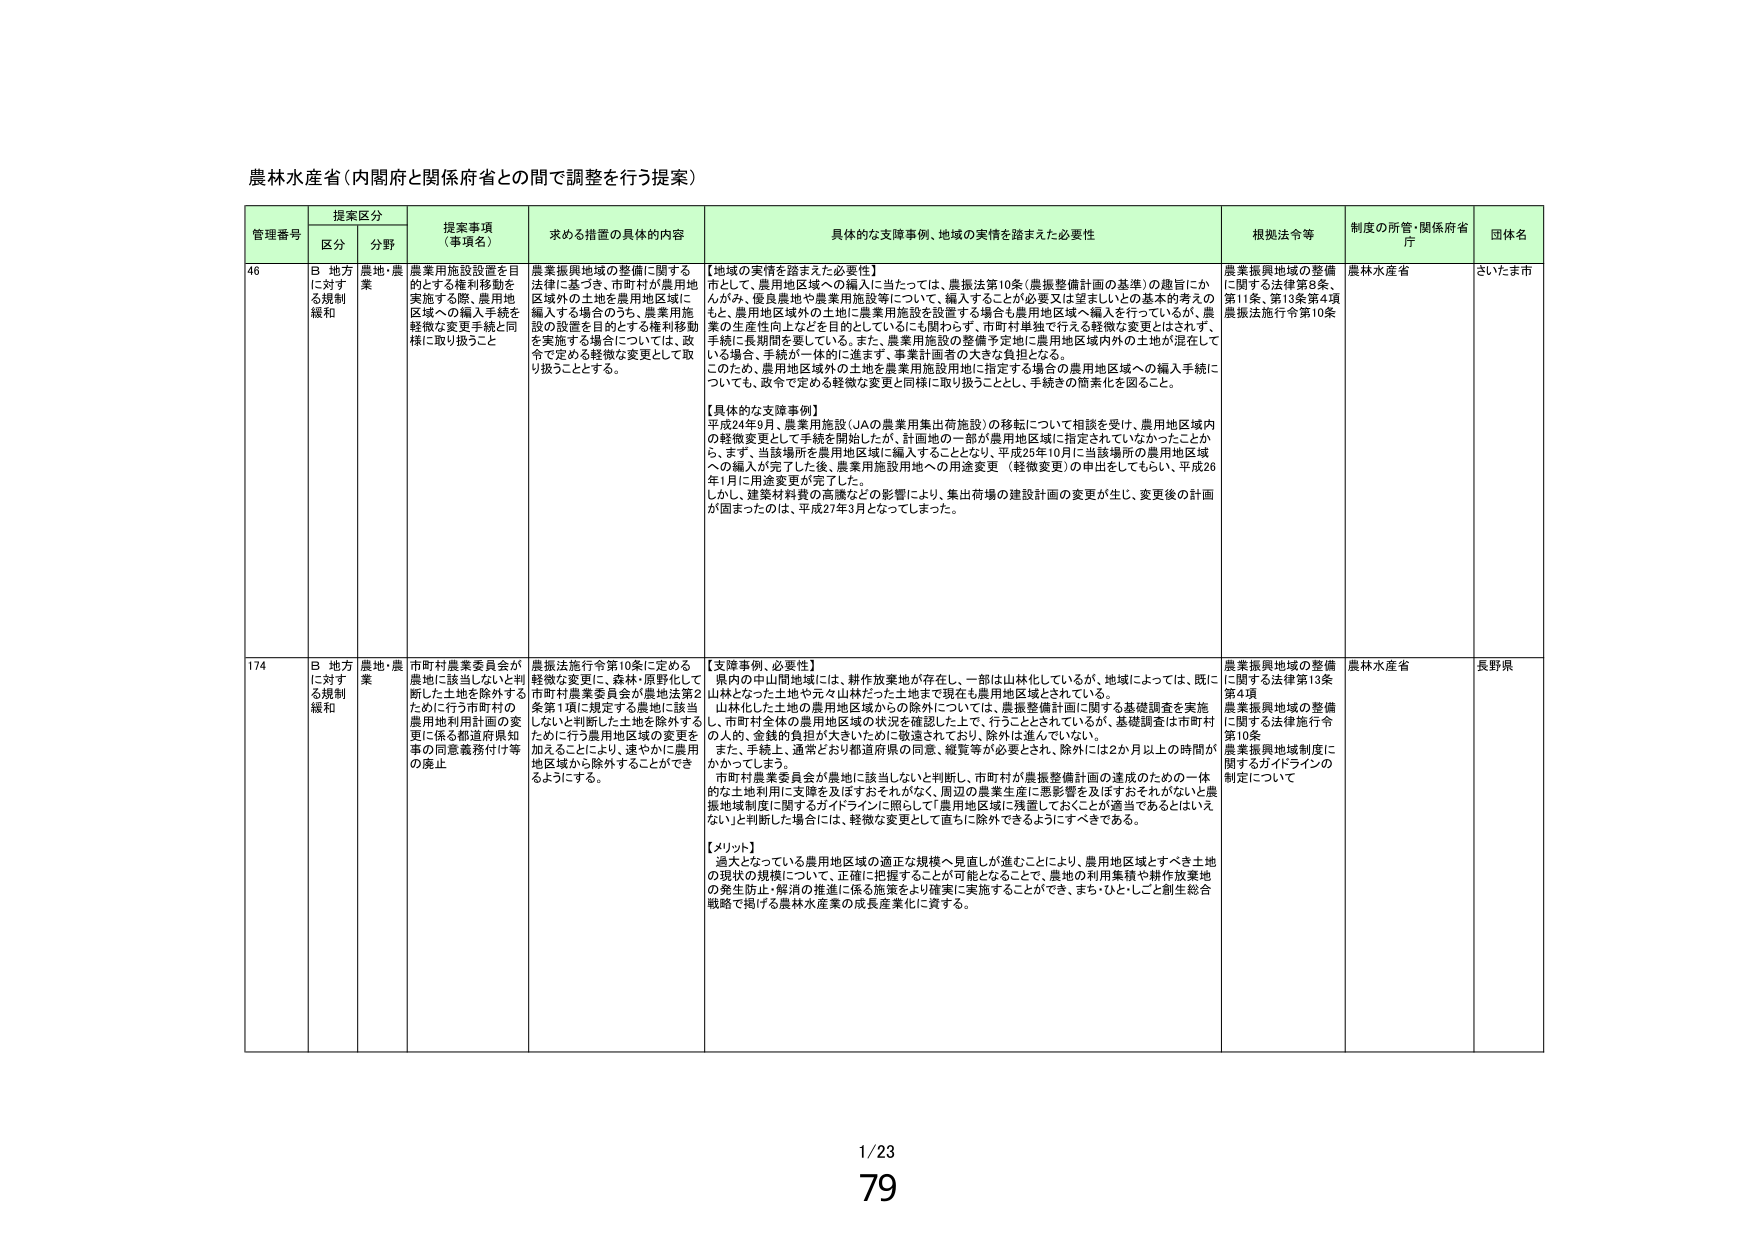
農林水産省（内閣府と関係府省との間で調整を行う提案）

管理番号 提案区分 提案事項（事項名） 求める措置の具体的内容 具体的な支援事例、地域の実情を踏まえた必要性 根拠法令等 制度の所管・関係府省庁 団体名
区分 分野

46 B 地方に対する規制緩和 農地・農業 農業用施設設置を目的とする権利移動を実施する際、農用地地区域への編入手続を軽微な変更手続と同様に取り扱うこと 農業振興地域の整備に関する法律に基づき、市町村が農用地地区域外の土地を農用地地区域に編入する場合のうち、農業用施設の設置を目的とする権利移動を実施する場合については、政令で定める軽微な変更として取り扱うこととする。 【地域の実情を踏まえた必要性】
市として、農用地地区域への編入に当たっては、農振法第10条（農業整備計画の基準）の趣旨にかんがみ、優良農地や農業用施設等について、編入することが必要又は望ましいとの基本的考えのもと、農用地地区域外の土地に農業用施設を設置する場合も農用地地区域へ編入を行っているが、農業の生産性向上などを目的としているにも関わらず、市町村単独で行える軽微な変更とはされず、手続に長期間を要している。また、農業用施設の整備予定地に農用地地区域内外の土地が混在している場合、手続が一体的に進まず、事業計画者の大きな負担となる。
このため、農用地地区域外の土地を農業用施設用地に指定する場合の農用地地区域への編入手続についても、政令で定める軽微な変更と同様に取り扱うこととし、手続きの簡素化を図ること。
【具体的な支援事例】
平成24年9月、農業用施設（JAの農業用集出荷施設）の移転について相談を受け、農用地地区域内の軽微変更として手続を開始したが、計画地の一部が農用地地区域に指定されていなかったことから、まず、当該場所を農用地地区域に編入することとなり、平成25年10月に当該場所の農用地地区域への編入が完了した後、農業用施設用地への用途変更（軽微変更）の申出をしてもらい、平成26年1月に用途変更が完了した。
しかし、建築材料費の高騰などの影響により、集出荷場の建設計画の変更が生じ、変更後の計画が固まったのは、平成27年3月となってしまった。 農業振興地域の整備に関する法律第9条、第11条、第13条第4項 農振法施行令第10条 農林水産省 さいたま市

174 B 地方に対する規制緩和 農地・農業 市町村農業委員会が農地に該当しないと判断した土地を除外するために行う市町村の農用地利用計画の変更に係る都道府県知事の同意義務付け等の廃止 農振法施行令第10条に定める軽微な変更に、森林・原野化して市町村農業委員会が農地法第2条第1項に規定する農地に該当しないと判断した土地を除外するために行う農用地地区域の変更を加えることにより、速やかに農用地区域から除外することができるようにする。 【支援事例、必要性】
県内の中山間地域には、耕作放棄地が存在し、一部は山林化しているが、地域によっては、既に山林となった土地や元々山林だった土地まで現在も農用地地区域とされている。
山林化した土地の農用地地区域からの除外については、農業整備計画に関する基礎調査を実施し、市町村全体の農用地地区域の状況を確認した上で、行うこととされているが、基礎調査は市町村の人の、金銭的負担が大きいために敬遠されており、除外は進んでいない。
また、手続上、通常どおり都道府県の同意、縦覧等が必要とされ、除外には2か月以上の時間がかかってしまう。
市町村農業委員会が農地に該当しないと判断し、市町村が農業整備計画の達成のための一体的な土地利用に支障を及ぼすおそれがない、周辺の農業生産に悪影響を及ぼすおそれがないと農振地域制度に関するガイドラインに照らして「農用地地区域に残置しておくことが適当であるとはいえない」と判断した場合には、軽微な変更として直ちに除外できるようにすべきである。
【メリット】
過大となっている農用地地区域の適正な規模へ見直しが進むことにより、農用地地区域とすべき土地の現状の規模について、正確に把握することが可能となることで、農地の利用集積や耕作放棄地の発生防止・解消の推進に係る施策をより確実に実施することができ、まち・ひと・しごと創生総合戦略で掲げる農林水産業の成長産業化に資する。 農業振興地域の整備に関する法律第13条第4項 農業振興地域の整備に関する法律施行令第10条 農業振興地域制度に関するガイドラインの制定について 農林水産省 長野県

1/23
79